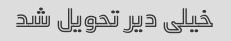
خیلی دیر تحویل شد